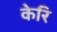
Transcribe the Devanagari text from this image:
केरि